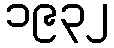
၁၉၃၂